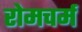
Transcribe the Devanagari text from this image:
रोमचर्म